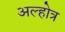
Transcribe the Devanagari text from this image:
अल्होत्र